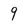
Character: 9